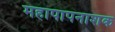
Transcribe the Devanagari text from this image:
महापापनाशक